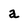
Character: a